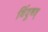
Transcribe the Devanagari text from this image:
बिंदुवत्